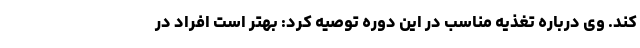
کند. وی درباره تغذیه مناسب در این دوره توصیه کرد: بهتر است افراد در